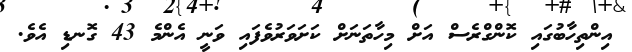
އިންތިހާބުގައި ކޮންގްރެސް އަށް މިހާތަނަށް ކަށަވަރުވެފައި ވަނީ އެންމެ 43 ގޮނޑި އެވެ.